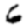
Digit: 6